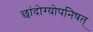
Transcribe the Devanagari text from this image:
छांदोग्योपनिषत्